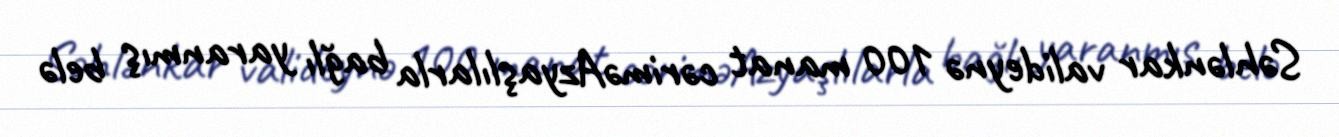
Səhlənkar valideynə 100 manat cəriməAzyaşlılarla bağlı yaranmış belə